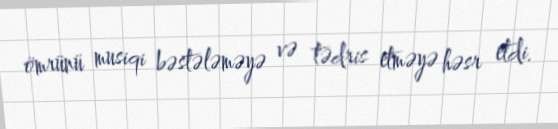
ömrünü musiqi bəstələməyə və tədris etməyə həsr etdi.